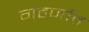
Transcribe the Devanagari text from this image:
गहर्जात